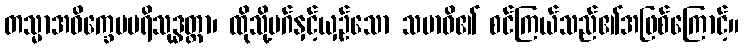
တသ္မာအဝိက္ခေပပရိသုဒ္ဓတ္တာ၊ ထိုသို့မဂ်နှင့်ယှဉ်သော သမာဓိ၏ စင်ကြယ်သည်၏အဖြစ်ကြောင့်။